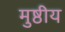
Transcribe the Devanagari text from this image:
मुष्ठीय